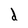
Character: d